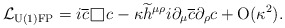
\begin{align*}{\cal L}_{\rm{U(1)FP}}=i\overline{c}\raisebox{-0.5mm}{\hskip 0.6mm\rule{0.1mm}{3.1mm}\rule{3.1mm}{0.1mm}\rule{0.1mm}{3.2mm}\hskip-3.3mm\rule[3.1mm]{3.2mm}{0.1mm}\hskip 0.7mm} c-\kappa\widetilde{h}^{\mu\rho}i\partial_{\mu}\overline{c}\partial_{\rho}c+{\rm O}(\kappa^2).\end{align*}